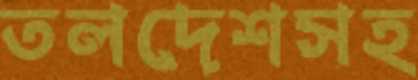
তলদেশসহ